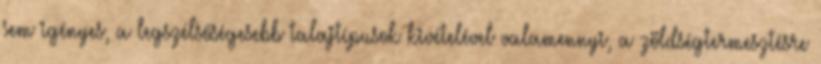
sem igényes, a legszélsőségesebb talajtípusok kivételével valamennyi, a zöldségtermesztésre